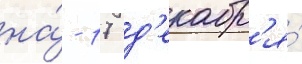
на́ - 17 д'екабр'я́